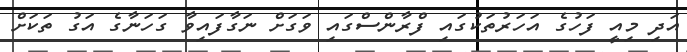
އަދި މިއީ ފަހުގެ އަހަރުތަކުގައި ފްރާންސްގައި ވަގަށް ނަގާފައިވާ ގަހަނާގެ އަގު ތަކަށް